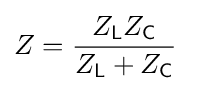
Z={\frac {\ Z_{\mathsf {L}}Z_{\mathsf {C}}\ }{Z_{\mathsf {L}}+Z_{\mathsf {C}}}}\